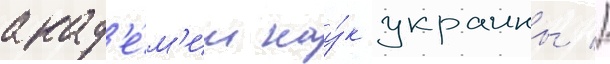
акад'е́м'ии нау́к украины //